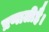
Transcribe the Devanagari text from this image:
प्रणालीहै।